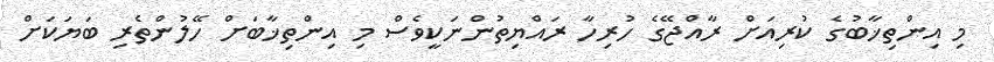
މި އިންތިޚާބުގެ ކުރިއަށް ރާއްޖޭގެ ހުރިހާ ރައްޔިތުންނަކީވެސް މި އިންތިޚާބަށް ހޭލުންތެރި ބަޔަކަށް